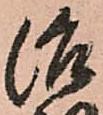
治